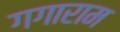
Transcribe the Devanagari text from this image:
गगाराम